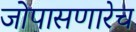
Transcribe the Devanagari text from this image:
जोपासणारेच